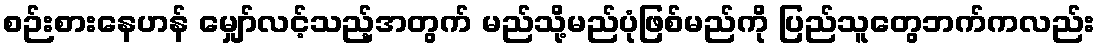
စဉ်းစားနေဟန် မျှော်လင့်သည့်အတွက် မည်သို့မည်ပုံဖြစ်မည်ကို ပြည်သူတွေဘက်ကလည်း